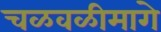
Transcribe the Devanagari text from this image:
चळवळीमागे